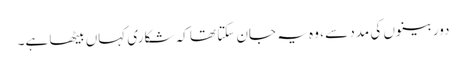
دوربینوں کی مدد سے ، وہ یہ جان سکتا تھا کہ شکاری کہاں بیٹھا ہے۔